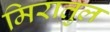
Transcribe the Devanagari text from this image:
मिरातुल